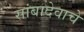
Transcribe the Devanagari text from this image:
सांबादेवाचे